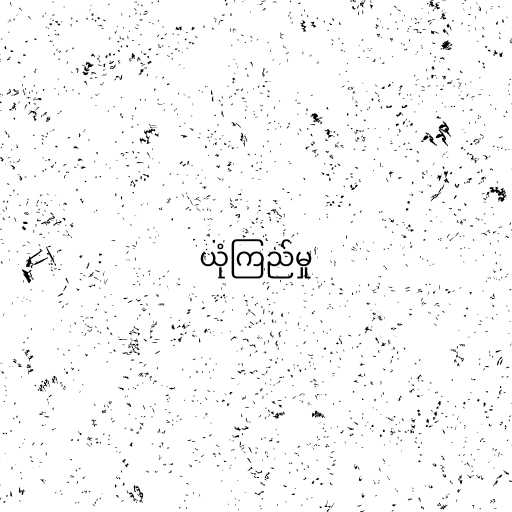
ယုံကြည်မှု